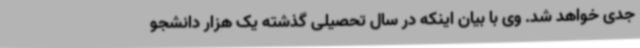
جدی خواهد شد. وی با بیان اینکه در سال تحصیلی گذشته یک هزار دانشجو